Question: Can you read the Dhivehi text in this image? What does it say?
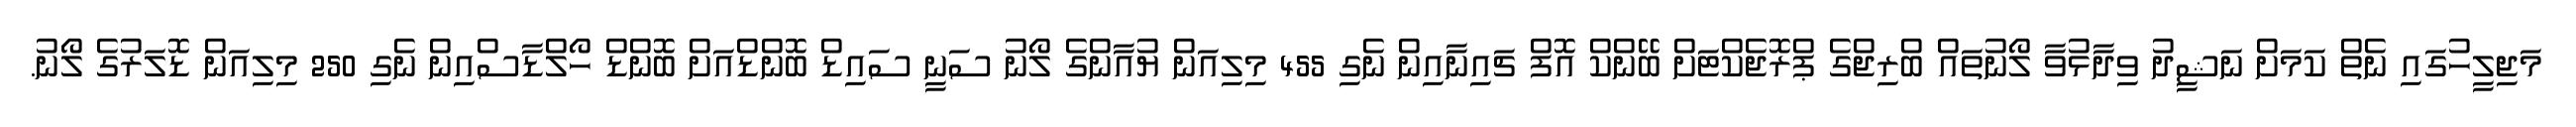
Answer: މަޖިލީހުގައި ނެތް ކަމަށް ނަޝީދު ވިދާޅުވާ ލޯނުތައް ބްރިޖްގެ ޕްރޮޖެކްޓަށް ބޭންކް އޮފް ޗައިނާއިން ނެގި 455 މިލިއަން ޔުއާންގެ ލޯނު ސަނީ ސައިޑް ބޮންޑްއަށް ބޮންޑް ހޯލްޑާސްއިން ނެގި 250 މިލިއަން ޑޮލަރުގެ ލޯނު.